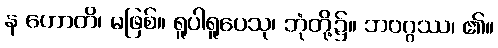
န ဟောတိ၊ မဖြစ်။ ရူပါရူပေသု၊ ဘုံတို့၌။ ဘဝဂ္ဂဿ၊ ၏။